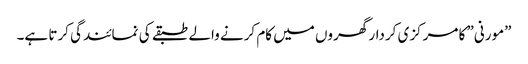
”مورنی” کا مرکزی کردار گھروں میں کام کرنے والے طبقے کی نمائندگی کرتا ہے۔